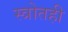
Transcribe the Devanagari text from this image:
स्त्रोतही